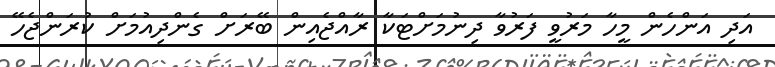
އަދި އަންހެން މީހާ މަރުވީ ފަރުވާ ދިނުމަށްޓަކާ ރާއްޖެއިން ބޭރަށް ގެންދިއުމަށް ކުރަންޖެހޭ